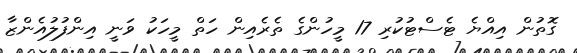
ގޮތުން އިއްޔެ ޓެސްޓުކުރި 17 މީހުންގެ ތެރެއިން ހަތް މީހަކު ވަނީ އިންފުލުއެންޒާ